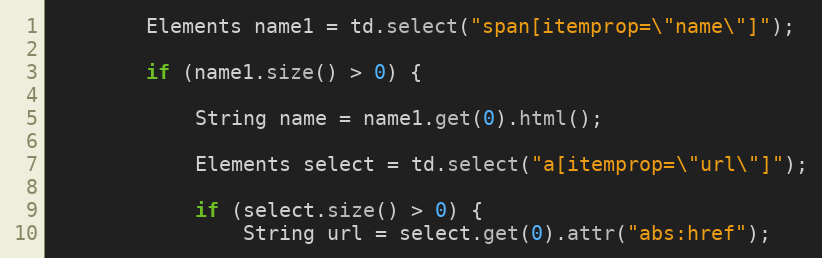
Language: Java
        Elements name1 = td.select("span[itemprop=\"name\"]");

        if (name1.size() > 0) {

            String name = name1.get(0).html();

            Elements select = td.select("a[itemprop=\"url\"]");

            if (select.size() > 0) {
                String url = select.get(0).attr("abs:href");